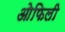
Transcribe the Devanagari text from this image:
ओफिली